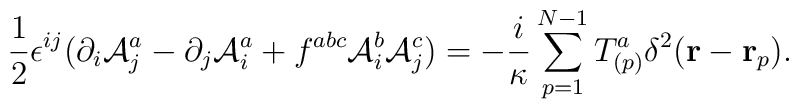
\frac{1}{2} \epsilon^{ij} (\partial_i {\cal A}^a_j -\partial_j {\cal A}^a_i+f^{abc} {\cal A}^b_i {\cal A}^c_j )=-\frac{i}{\kappa}\sum_{p=1}^{N-1} T^a_{(p)} \delta^2({\bf r}-{\bf r}_p).